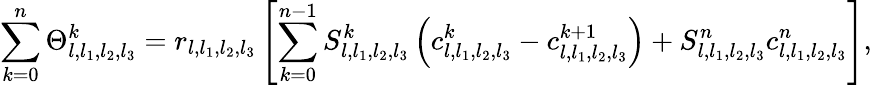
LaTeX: \sum_{k=0}^{n}\Theta_{l,l_{1},l_{2},l_{3}}^{k}=r_{l,l_{1},l_{2},l_{3}}\left[\sum_{k=0}^{n-1}S_{l,l_{1},l_{2},l_{3}}^{k}\left(c_{l,l_{1},l_{2},l_{3}}^{k}-c_{l,l_{1},l_{2},l_{3}}^{k+1}\right)+S_{l,l_{1},l_{2},l_{3}}^{n}c_{l,l_{1},l_{2},l_{3}}^{n}\right],